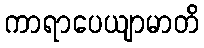
ကာရာပေယျာမာတိ